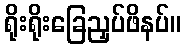
ရိုးရိုးခြေညှပ်ဖိနပ်။